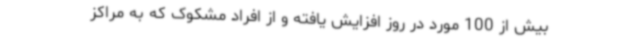
بیش از 100 مورد در روز افزایش یافته و از افراد مشکوک که به مراکز